Vaccine operations Central Provinces 1886-1899 - 1886-1899
Year: 1886
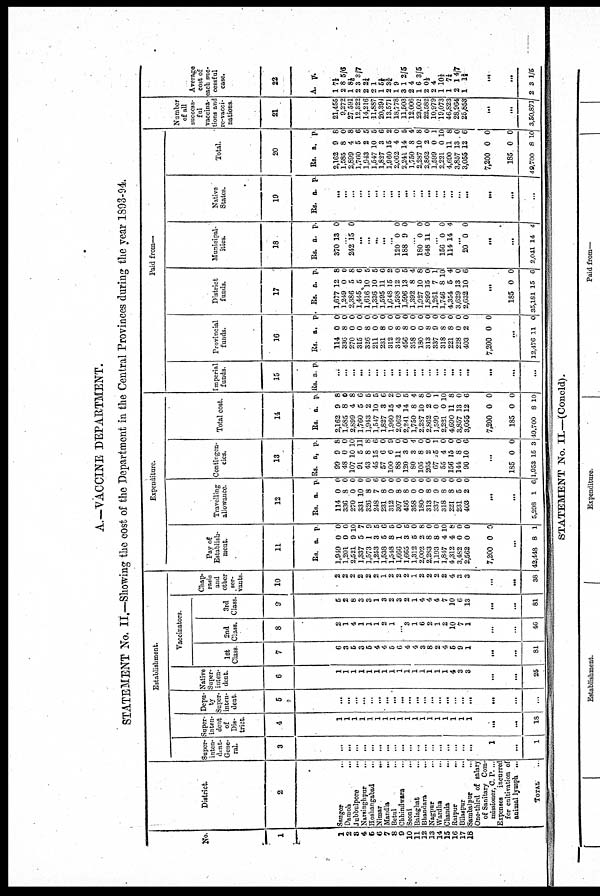
A.—VACCINE DEPARTMENT.
STATEMENT No. II.—Showing the cost of the Department in the Central Provinces during the year 1893-94.
No.
1
1
2
3
4
5
6
7
8
9
10
11
12
13
14
15
16
17
18
District
2
Saugor
...
Damoh
...
Jubbulpore
...
Narsinghpur
...
Hoshangabad
...
Nimar
...
Mandla
...
Betul
...
Chhindwara ...
Seoni
...
Balaghat
...
Bhandara
...
Nagpur ...
Wardha
...
Chanda
...
Raipur
...
Bilaspur
...
Sambalpur ...
One-third of salary
of Sanitary Com-
missioner, C. P. ...
Expenses incurred
for cultivation of
animal lymph ...
TOTAL ..
Establishment.
Super-
inten¬
dent¬
Gene¬
ral.
3
...
...
...
...
...
...
...
...
...
...
...
...
...
...
...
...
...
...
1
...
1
Super-
inten¬
dent
of
Dis-
trict.
4
1
1
1
1
1
1
1
1
1
1
1
1
1
1
1
1
1
1
...
...
18
Depu-
ty
Super-
inten-
dent.
5
...
...
...
...
...
...
...
...
...
...
...
...
...
...
...
...
...
...
...
...
...
Native
Super-
inten-
dent.
6
1
1
1
1
1
1
1
1
1
1
1
1
1
1
1
4
3
3
...
...
25
Vaccinators.
1st
Class.
7
6
3
5
3
5
4
4
5
6
4
4
3
8
2
4
5
9
1
...
...
81
2nd
Class
8
2
1
4
1
1
1
2
1
...
3
1
6
2
1
2
10
7
1
...
...
46
3rd
Class.
9
5
2
8
3
3
1
3
2
3
2
1
4
4
4
7
10
6
13
...
...
81
Chap¬
rasis
and
other
ser-
vants.
10
2
2
2
2
2
2
1
2
2
2
1
2
2
2
2
4
3
3
...
...
38
Expenditure.
Pay of
Establish-
ment.
11
Rs.
1,949
1,201
2,521
1,337
1,573
1,253
1,538
1,548
1,666
1,665
1,312
2,002
2,283
1,193
1,847
4,312
3,482
2,562
7,200
a.
0
0
9
5
1
3
5
8
1
3
5
2
8
8
4
4
0
0
0
p.
0
0
10
7
9
5
6
5
0
5
0
8
0
0
10
8
0
0
0
...
42,448 8 1
Travelling
allowance
12
Rs.
114
336
270
331
326
248
231
312
307
456
358
180
313
337
318
221
231
403
a.
0
8
0
10
8
7
8
0
8
8
0
0
8
9
8
8
5
2
p.
0
0
0
0
0
6
0
0
0
0
0
0
0
0
0
0
0
0
...
...
5,298 1 6
Contingen-
cies.
13
Rs.
99
48
107
91
43
45
57
100
88
120
80
105
265
67
55
156
144
90
a.
9
0
10
5
8
15
6
6
11
3
3
8
2
15
4
15
8
10
p.
8
0
10
11
8
6
0
9
0
0
4
0
0
1
0
0
0
6
...
185
1,953
0
15
0
3
Total cost.
14
Rs.
2,162
1,585
2,899
1,760
1,943
1,547
1,827
1,960
2,062
2,241
1,750
2,287
2,862
1,599
2,221
4,690
3,857
3,055
7,200
185
49,700
a.
9
8
4
5
2
10
3
15
4
14
8
10
2
0
0
11
13
12
0
0
8
p.
8
0
8
6
5
5
6
2
0
5
4
8
0
1
10
8
0
6
0
0
10
Paid from—
Imperial
funds.
15
Rs. a. p.
...
...
...
...
...
...
...
...
...
...
...
...
...
...
...
...
...
...
...
...
...
Provincial
funds.
16
Rs.
114
336
270
315
326
211
231
312
313
456
358
180
313
337
318
221
228
403
7,200
a.
0
8
0
0
8
0
8
0
8
8
0
0
8
9
8
8
0
2
0
p.
0
0
0
0
0
0
0
0
0
0
0
0
0
0
0
0
0
0
0
...
12,476 11 0
District
funds.
17
Rs.
1,677
1,249
2,386
1,445
1,616
1,336
1,595
1,648
1,598
1,596
1,392
1,927
1,899
1,261
1,746
4,354
3,629
2,632
a.
12
0
5
5
10
10
11
15
12
13
8
10
15
7
8
5
13
10
p.
8
0
8
6
5
5
6
2
0
5
4
8
0
1
10
4
0
6
...
185
35,181
0
15
0
6
Municipal-
ities.
18
Rs.
370
a.
13
p.
0
...
242 15 0
...
...
...
...
...
120
188
0
9
0
0
...
180
648
0
11
0
0
...
156
114
0
14
0
4
...
20 0 0
...
...
2,041 14
4
Native
States.
19
Rs. a. p.
...
...
...
...
...
...
...
...
...
...
...
...
...
...
...
...
...
...
...
...
...
Total.
20
Rs.
2,162
1,585
2,899
1,760
1,943
1,547
1,827
1,960
2,062
2,241
1,750
2,287
2,862
1,599
2,221
4,690
3,857
3,055
7,200
185
49,700
a.
9
8
4
5
2
10
3
15
4
14
8
10
2
0
0
11
13
12
0
0
8
p.
8
0
8
6
5
5
6
2
0
5
4
8
0
1
10
8
0
6
0
0
10
Number
of all
success-
ful
vaccina-
tions and
re-vacci-
nations.
21
21,455
9,272
27,591
12,322
14,216
11,887
20,394
13,571
18,778
11,503
12,006
23,602
22,582
10,979
19,073
46,823
28,964
25,853
...
...
3,50,871
Average
cost of
each suc-
cessful
case.
22
A.
1
2
1
2
2
2
1
2
1
3
2
1
2
2
1
1
2
1
p.
7½
8 5/6
8 1/6
3 3/7
2¼
1
5½
3¾
9
1 2/5
4
6 3/5
0½
4
101/3
7¼
14/7
1 2/3
...
...
2 3 1/5